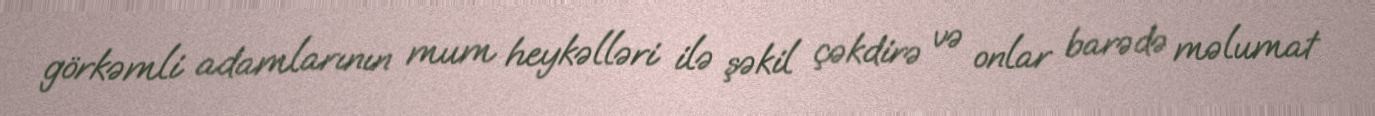
görkəmli adamlarının mum heykəlləri ilə şəkil çəkdirə və onlar barədə məlumat